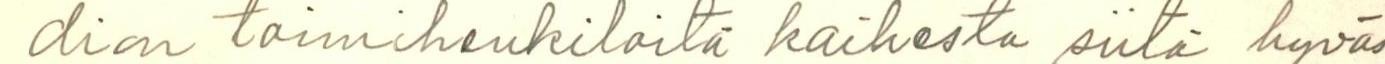
dion toimihenkilöitä kaikesta siitä hyväs-